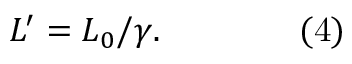
L ^ { \prime } = L _ { 0 } / \gamma . \qquad \qquad { \mathrm { ( 4 ) } }